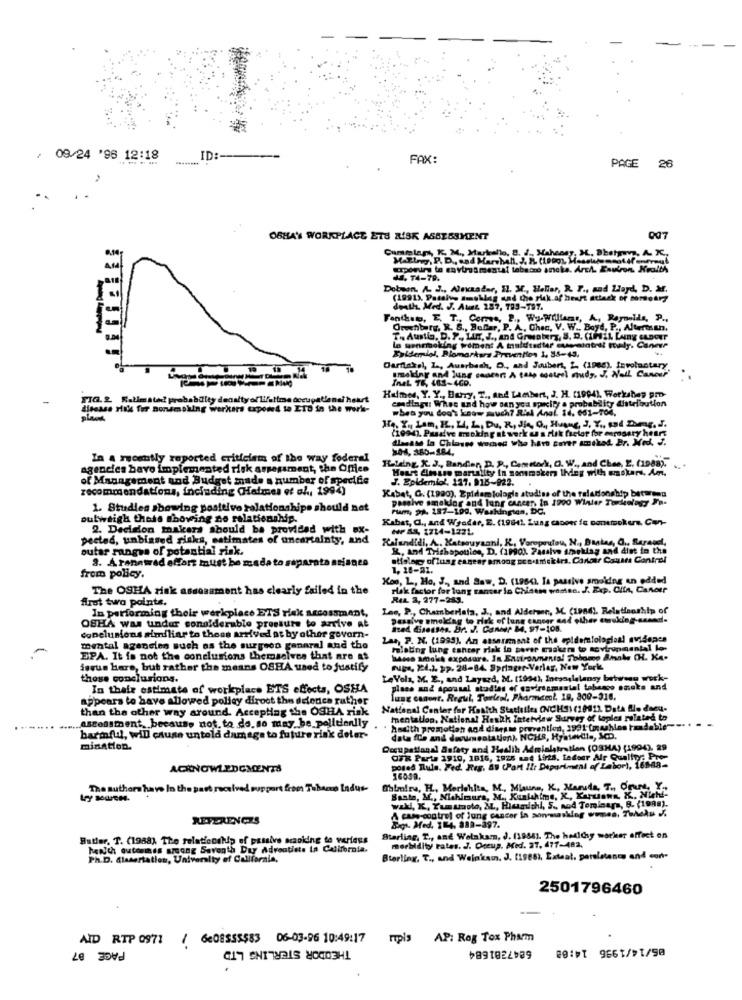
/ 09/24 '96 12:18
ID:
FAX:
PAGE
26
OSHAN WORKPLACE ETd RISK ASSESSMENT
007
Cummlam, K. M ., Martello, 8. f ., Mahenny, M, Bhetpays, A. K .,
Maling, P. D ., sad Marshall, J. R. (100g), Masstatementof one
opening to environmental tobacco anche. Arch. Environ Health
J. 74-79.
Dobnon, A. J ., Alecadar, Il. M ., Heller, R. F ., and Lloyd, D. M.
(1991), Passive smsblog sad the risk.af heart attack of hometry
death. Med. J. Atus, 287, 783-797.
Fenthan, E. T ., Corres, 2 ., Wy-Williams, A, Reynolds, P .,
Orehbery, R. S ., BuDar, P. A. Ches, V. W .. Boyd, P ., Alterman.
T. Auslly, D. P ., LIn. J ., and Greaterz, S. D. (1MIL LANS GADGET
lo senemoking women: A taldtedter cutemeintest Study. Caneer
Kuidemlol, Biomarkers Prevention 1. 88-49,
Dariakel, L ., Auerbach, D ., and Joubert, 2. (1988), Involuntary
smoking and lung cancer: A tale control study. J. Nail Cancer"
Inet TE, 463-46D.
FIG.2 Salimated probabilty denalty of lifetime occupatienel h
Holmes, Y. Y ., Berry, T ., and Lambert, J. H. (1994), Workshop pro-
csadingu: When and how san yoa specify a probability Citeloution
disease risk for nonsmoking werkers exposed to ITO in the we
"bes you don't know much? R.l Anal 14. 661-708.
(1994). Passive meoking at work & a risk factor for erosary heart
diease la Chiasse womes who hatt coner amiket. Br. Med. J.
104, 360-184.
In a recently reported criticism of the way federal
R-lang, X. J ., Bandier, D. P ., Cometock, O. W ., and Chee, E. (1988).
agencies bavo implemented risk assessment, the Office
Hus manality In sommaken thdiey with sokan. Am.
of Management and Budget made a number of specific
recommendations, including (Helmes ef oh, 1994)
Kabat, G. (1990). Epidemiologie studies of the faladonship between
J. Epidemiol. 127. 918-922.
passive smakdor and lung cancer, In 1990 Winter Torbiology Fa-
1. Studies showing postelve relationships should not
Pam, 2. 187-199. Washington, DC.
outweigh thots showing no relationship.
Kabat, G ., and Wyoder, E. (19611. Lung capoer fe comemokus, Con-
2. Decision makers should be provided with ox-
pected, unbiased risks, estimates of uncertainty, and
Kalundidi, A .. Katsouysani, K, Veroprutou, N ., Daatas, O ., Baravel,
outar ranges of potential risk.
K, and Trishapoulos, D. (1990). Paulve smeklay and dint to the
8. A rannwad effort must be mada to st
etiology oflung esgear among sco.nekirs. Cancer Canita Contral
1, 18-81.
from policy.
Kos, L ., Ho. J ., and Saw, D. (19641. Ta passive smoking an edited
The OSHA risk assessment has clearly failed in the
rak factor for lung cancer lo Chisen westen. J. Exp. Olin, Cancer
fret two points.
RIL 2, 277-283.
In performing their workplace ETS risk accessment,
Las, P ., Chamberlata, J ., and Alderson, M. (1966). Relationship of
passive smoking to risk of lung cancer sad other twoking-assed.
OSHA was under considerable pressure to arrive at
Sted Cisesses. Dr. J. Cancer 84, 97-108.
conclusions similiar to theas arrived at by other govern-
Las, P. N. (1995). An assaramant of the epidemiologiaal evidopes
mental agencien such as the surgeco genaral and the
relating lung cancer risk in pover maken to aoviromental ko-
EPA. It is not the conclusions themselves that are as
take exposure. In Environmental Tobome a
Sevus here, but rather the means OSHA used to justify
Fuge, 224.1, pp. 28-84. Springer-Verlag, New York
those conclusions.
LeYola, M. E ., and Layard, M. (1994), Inesoslelansy between work-
In their estimate of workplace ET'S effects, OSHA
place and spousal studies of environmental tabasco onoke and
appears to have allowed policy dirost the defence rather
lung canont. Regul, Torlesl, Pharmacol. 19, 300-318.
than the other way around. Accepting the OSHA risk
National Center for Hasith Startetles (NCH3) (10012 Data Ble deeu-
astonsment, because not to do so may be politically
mentallop, National Heshk Interview Survey of toples related to
hadith promotion and disest prevention, 1991 (machine readable"
harmful, will cause untold damage to future risk deler-
data fle and documentation), NCHS, Hysterdla, MD.
mination.
Qoqupatlanal Safety and Health Administration (03HA) (1994). 29
OFR Parte 1910, 1816, 2925 mat Wirts. tadeer Air Quality: Pre-
ACKNOWLEDGMENTS
posed Rule. Fed. Reg. 89 (Part !It Department of Labor), 16588-
The authors have In the past received support froes Tobacco Indus-
Oblmiru, H. Merlehlin, M ., Mauns, K ., Maruda, T ., Orure, Y .,
Santa, M ., Nahicura, M ., Kuntahime, K ., Xaruans. K ., Nicht-
vaki, K, Yumsmoto, ML, Hiumichi, S ., And Tomioara, B. (1998).
A case-control of lung cancer in sonmasking womes, Thelu %.
REFERENCES
Med. 14, 88a-397.
Butler. T. (1988) The relationdlup of passive masking to verieus
Starling, T ., and Wolakam, J. (19861. The hellchy worker affect on
hewith outermes among Savonth Day Adventiste in California.
morbidity rates. J. Occup. Med. 27, 477-482,
Ph.D. Alasertation, University of California,
Sterling, T ., and Weinkam. J. (1988), Exteat, parelatanos and con-
2501796460
ATD RTP 0971 / 6808555583 06-03-96 10:49:17
THEODOR STERLING LTD
mpis AP: Rog Tox Pharm
86/14/1996 14:08
PACE 87
6847381684